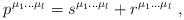
LaTeX: \begin{align*} p^{{\mu_1} \dots {\mu_{l}}} = s^{{\mu_1} \dots {\mu_{l}}} + r^{{\mu_1} \dots {\mu_{l}}} \ ,\end{align*}